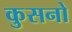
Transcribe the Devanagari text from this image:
कुसनो